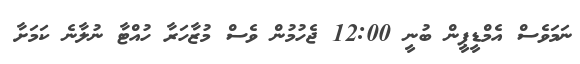
ނަމަވެސް އެމްޑީޕީން ބުނީ 12:00 ޖެހުމުން ވެސް މުޒާހަރާ ހުއްޓާ ނުލާނެ ކަމަށާ